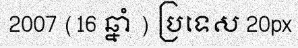
2007 (16 ឆ្នាំ ) ប្រទេស 20px